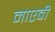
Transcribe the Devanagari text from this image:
नाएबी